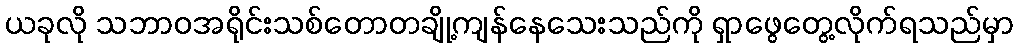
ယခုလို သဘာဝအရိုင်းသစ်တောတချို့ကျန်နေသေးသည်ကို ရှာဖွေတွေ့လိုက်ရသည်မှာ